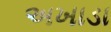
અખાડા